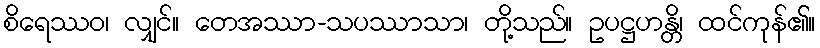
စိရေဿဝ၊ လျှင်။ တေအဿာ-သပဿာသာ၊ တို့သည်။ ဥပဋ္ဌဟန္တိ၊ ထင်ကုန်၏။